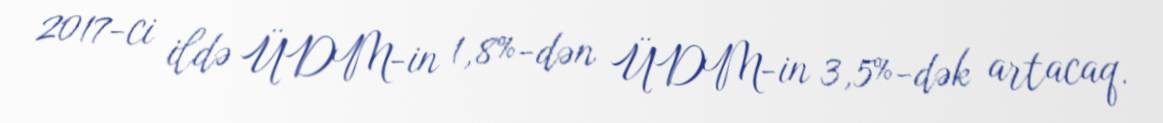
2017-ci ildə ÜDM-in 1,8%-dən ÜDM-in 3,5%-dək artacaq.